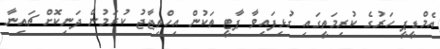
އެމްޑީޕީ ހަރުގެ ކުރިމަތީގައި ގުޅިފައިވާ ޕާޓީ ތަކުން އިހްތިޖާޖު ކުރަމުން ދަނިކޮށް ޗައިނާ